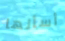
أسألها